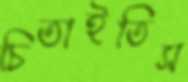
চিতাইতিস